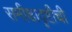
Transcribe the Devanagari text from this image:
समीक्षादृष्टीची